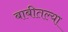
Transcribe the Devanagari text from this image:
बाबीतल्या